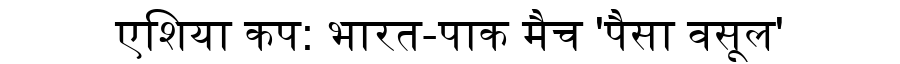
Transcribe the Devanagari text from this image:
एशिया कप: भारत-पाक मैच 'पैसा वसूल'